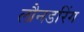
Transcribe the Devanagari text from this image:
लौनडरिंग